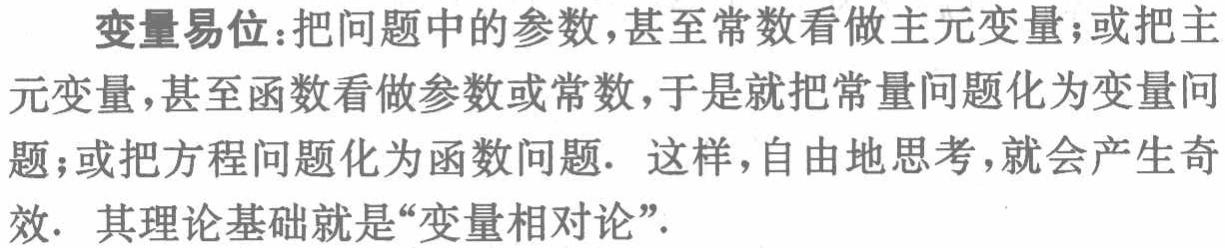
变量易位：把问题中的参数，甚至常数看做主元变量；或把主
元变量，甚至函数看做参数或常数，于是就把常量问题化为变量问
题；或把方程问题化为函数问题. 这样，自由地思考，就会产生奇
效. 其理论基础就是“变量相对论”.